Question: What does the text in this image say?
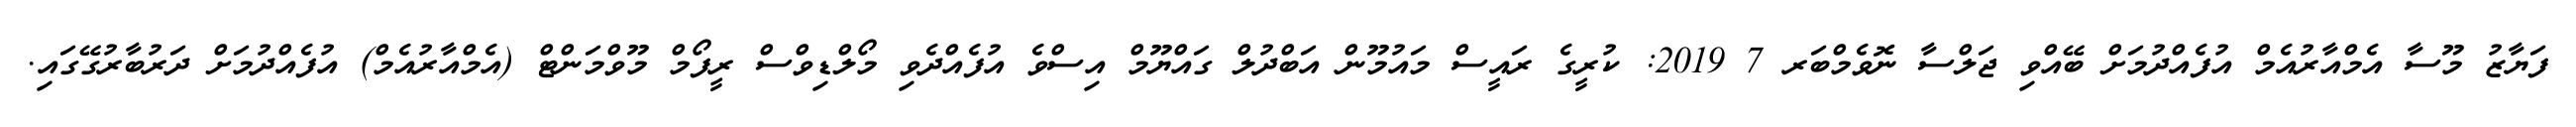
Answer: ފަޔާޒު މޫސާ އެމްއާރުއެމް އުފެއްދުމަށް ބޭއްވި ޖަލްސާ ނޮވެމްބަރ 7 2019: ކުރީގެ ރައީސް މައުމޫން އަބްދުލް ގައްޔޫމް އިސްވެ އުފެއްދެވި މޯލްޑިވްސް ރީފޯމް މޫވްމަންޓް (އެމްއާރުއެމް) އުފެއްދުމަށް ދަރުބާރުގޭގައި.